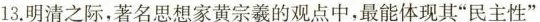
13.明清之际，著名思想家黄宗羲的观点中，最能体现其”民主性”